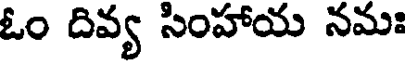
ఓం దివ్య సింహాయ నమః